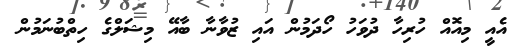
އެއީ މިއޮއް ހުރިހާ ދުވަހު ހޯދަމުން އައި ޒުވާނާ ބާއޭ މިޝަލްގެ ހިތްބުނަމުން